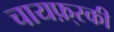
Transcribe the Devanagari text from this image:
चायफ़्स्की